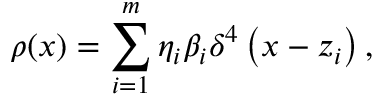
\rho ( x ) = \sum _ { i = 1 } ^ { m } \eta _ { i } \beta _ { i } \delta ^ { 4 } \left( x - z _ { i } \right) ,